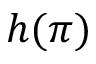
h ( \pi )